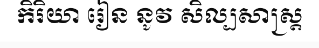
កិរិយា រៀន នូវ សិល្បសាស្ត្រ